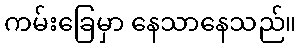
ကမ်းခြေမှာ နေသာနေသည်။